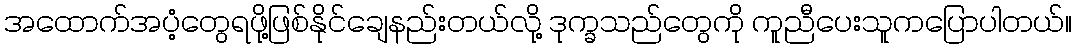
အထောက်အပံ့တွေရဖို့ဖြစ်နိုင်ချေနည်းတယ်လို့ ဒုက္ခသည်တွေကို ကူညီပေးသူကပြောပါတယ်။